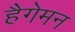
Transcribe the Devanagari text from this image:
हैगेमन